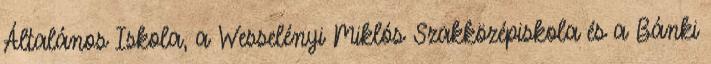
Általános Iskola, a Wesselényi Miklós Szakközépiskola és a Bánki